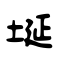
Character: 埏